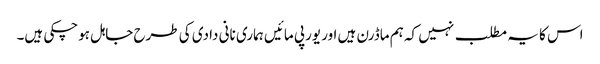
اس کا یہ مطلب نہیں کہ ہم ماڈرن ہیں اور یورپی مائیں ہماری نانی دادی کی طرح جاہل ہوچکی ہیں۔